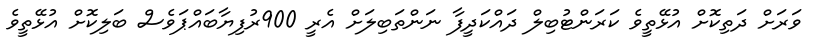
ވަރަށް ދަތިކޮށް އުޅޭތީވެ ކަރަންޓުބިލް ދައްކަދީފާ ނަންތަބިލަށް އެރީ 900ރުފިޔާބަައްޕަވެސް ބަލިކޮށް އުޅޭތީވެ